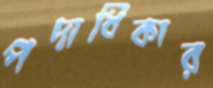
পদাধিকার